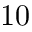
1 0